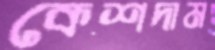
কেশদাম